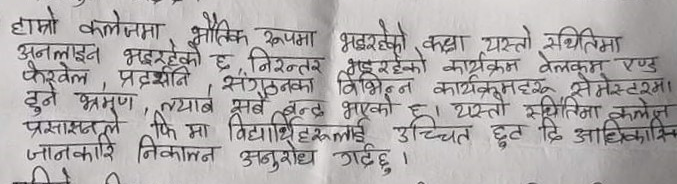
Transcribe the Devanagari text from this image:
हाम्रो कलेजमा भौतिक रूपमा भइरहेको कक्षा यस्तो सथितिमा
अनलाइन भइरहेको छ, निरन्तर भइरहेको कार्यक्रम वेलकम रण्ड
फेरखेल प्रदर्शनि संगठनका विभिन्न कार्यक्रमहरू सेमेस्टरमा
हुने भ्रमण, ल्याई सबै बन्द भएको छ। यस्तो स्थतिमा कलेज
प्रसासनले फि मा विद्यार्थिहरुलाई उच्चित छुट दि आधिकारिक
जानकारि निकालन अनुरोध गर्दछु ।